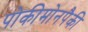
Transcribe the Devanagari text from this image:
पोकीमोनपैकी